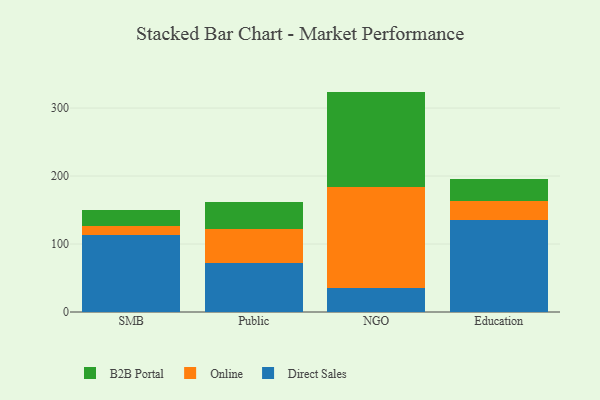
{"axis": {"x": "Segment", "y": "Satisfaction Score"}, "legend": ["B2B Portal", "Direct Sales", "Online"], "data": [{"x": "SMB", "y": 112.8, "type": "Direct Sales"}, {"x": "SMB", "y": 14.0, "type": "Online"}, {"x": "SMB", "y": 22.8, "type": "B2B Portal"}, {"x": "Public", "y": 72.0, "type": "Direct Sales"}, {"x": "Public", "y": 50.3, "type": "Online"}, {"x": "Public", "y": 39.4, "type": "B2B Portal"}, {"x": "NGO", "y": 35.8, "type": "Direct Sales"}, {"x": "NGO", "y": 148.2, "type": "Online"}, {"x": "NGO", "y": 140.2, "type": "B2B Portal"}, {"x": "Education", "y": 134.8, "type": "Direct Sales"}, {"x": "Education", "y": 27.8, "type": "Online"}, {"x": "Education", "y": 33.3, "type": "B2B Portal"}]}